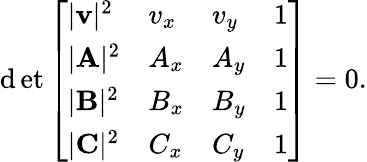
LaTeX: \operatorname*{\mathrm{d}et}{\left[\begin{array}{llll}{|\mathbf{v}|^{2}}&{v_{x}}&{v_{y}}&{1}\\ {|\mathbf{A}|^{2}}&{A_{x}}&{A_{y}}&{1}\\ {|\mathbf{B}|^{2}}&{B_{x}}&{B_{y}}&{1}\\ {|\mathbf{C}|^{2}}&{C_{x}}&{C_{y}}&{1}\end{array}\right]}=0.